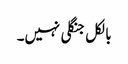
بالکل جنگلی نہیں۔